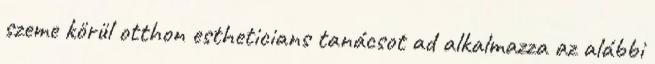
szeme körül otthon estheticians tanácsot ad alkalmazza az alábbi